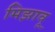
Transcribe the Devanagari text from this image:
मिझावू